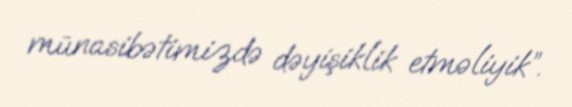
münasibətimizdə dəyişiklik etməliyik”.